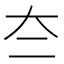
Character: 夳